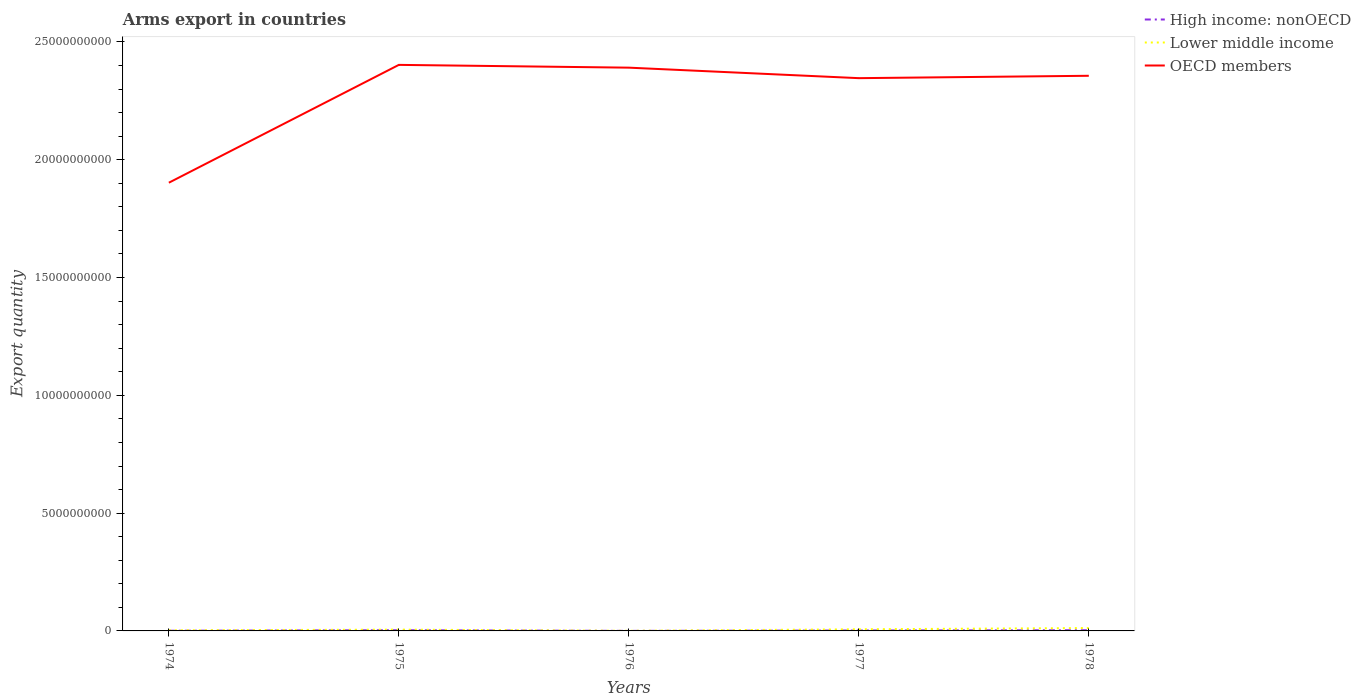
| Years | High income: nonOECD | Lower middle income | OECD members |
 | --- | --- | --- | --- |
 | 1974 | 8e+06 | 2.6e+07 | 1.9e+10 |
 | 1975 | 3e+07 | 5.5e+07 | 2.4e+10 |
 | 1976 | 2e+06 | 5e+06 | 2.39e+10 |
 | 1977 | 1.8e+07 | 6.9e+07 | 2.35e+10 |
 | 1978 | 3e+07 | 1.22e+08 | 2.36e+10 |